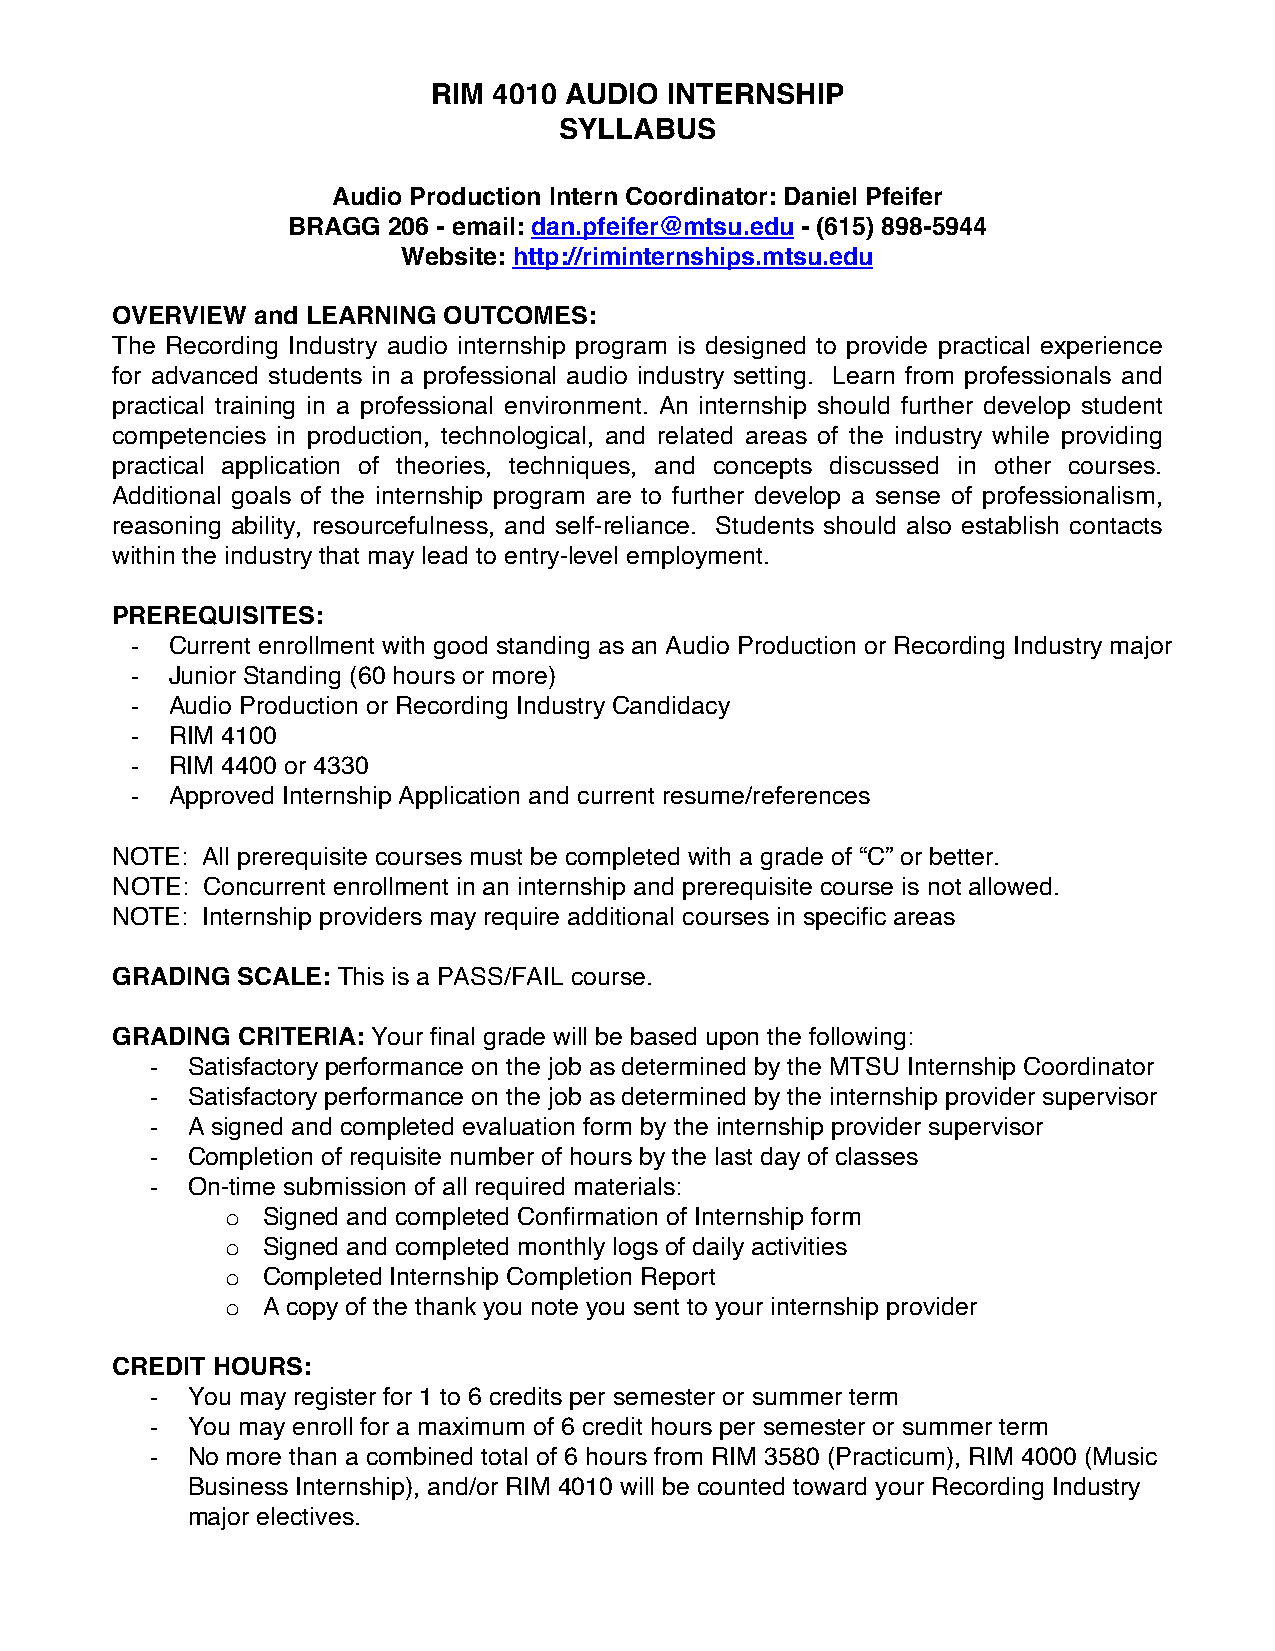
RIM 4010 AUDIO INTERNSHIP
 SYLLABUS
 Audio Production Intern Coordinator: Daniel Pfeifer
 BRAGG  206 - email: dan.pfeifer@mtsu.edu - (615) 898-5944
 Website: http://riminternships.mtsu.edu
 OVERVIEW  and LEARNING OUTCOMES:
 The Recording Industry audio internship program is designed to provide practical experience
 for advanced students in a professional audio industry setting. Learn from professionals and
 practical training in a professional environment. An internship should further develop student
 competencies in production, technological, and related areas of the industry while providing
 practical application of theories, techniques, and concepts discussed in other courses.
 Additional goals of the internship program are to further develop a sense of professionalism,
 reasoning ability, resourcefulness, and self-reliance. Students should also establish contacts
 within the industry that may lead to entry-level employment.
 PREREQUISITES:
 - Current enrollment with good standing as an Audio Production or Recording Industry major
 - Junior Standing (60 hours or more)
 - Audio Production or Recording Industry Candidacy
 - RIM 4100
 - RIM 4400 or 4330
 - Approved Internship Application and current resume/references
 NOTE: All prerequisite courses must be completed with a grade of “C” or better.
 NOTE: Concurrent enrollment in an internship and prerequisite course is not allowed.
 NOTE: Internship providers may require additional courses in specific areas
 GRADING  SCALE: This is a PASS/FAIL course.
 GRADING  CRITERIA: Your final grade will be based upon the following:
 - Satisfactory performance on the job as determined by the MTSU Internship Coordinator
 - Satisfactory performance on the job as determined by the internship provider supervisor
 - A signed and completed evaluation form by the internship provider supervisor
 - Completion of requisite number of hours by the last day of classes
 - On-time submission of all required materials:
 o Signed and completed Confirmation of Internship form
 o Signed and completed monthly logs of daily activities
 o Completed Internship Completion Report
 o A copy of the thank you note you sent to your internship provider
 CREDIT HOURS:
 - You may register for 1 to 6 credits per semester or summer term
 - You may enroll for a maximum of 6 credit hours per semester or summer term
 - No more than a combined total of 6 hours from RIM 3580 (Practicum), RIM 4000 (Music
 Business Internship), and/or RIM 4010 will be counted toward your Recording Industry
 major electives.